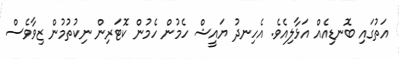
އަތުގައި ބޮނޑިއެއް އަޅާލިއެވެ. އެހިނދު ޔައީޝް ހެމުން ހެމުން ކޮޓަރިން ނިކުތުމުން ޒިވާވެސް